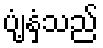
ပျံ့နှံ့သည်